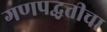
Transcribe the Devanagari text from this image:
गणपद्धतीचा